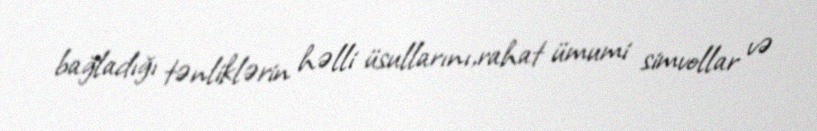
bağladığı tənliklərin həlli üsullarını,rahat ümumi simvollar və